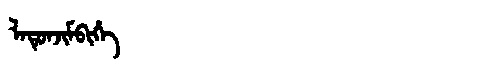
Manchu: ᠯᠠᡨᡠᠨᠵᡳᠮᠪᡳᡥᡝ
Romanization: LATUNJIMBIHE